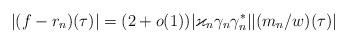
LaTeX: \begin{align*}|(f-r_n)(\tau)| = (2 + o(1))|\varkappa_n\gamma_n\gamma_n^*||(m_n/w)(\tau)|\end{align*}